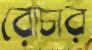
রোচার